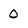
Character: 0